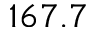
1 6 7 . 7